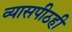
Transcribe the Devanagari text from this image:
व्यासपीठही